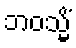
ဘဝသ္မိံ